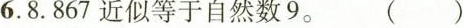
6.8.867近似等于自然数9。 ( )